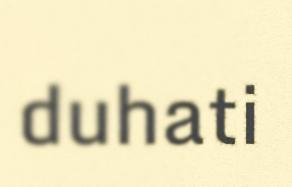
duhati